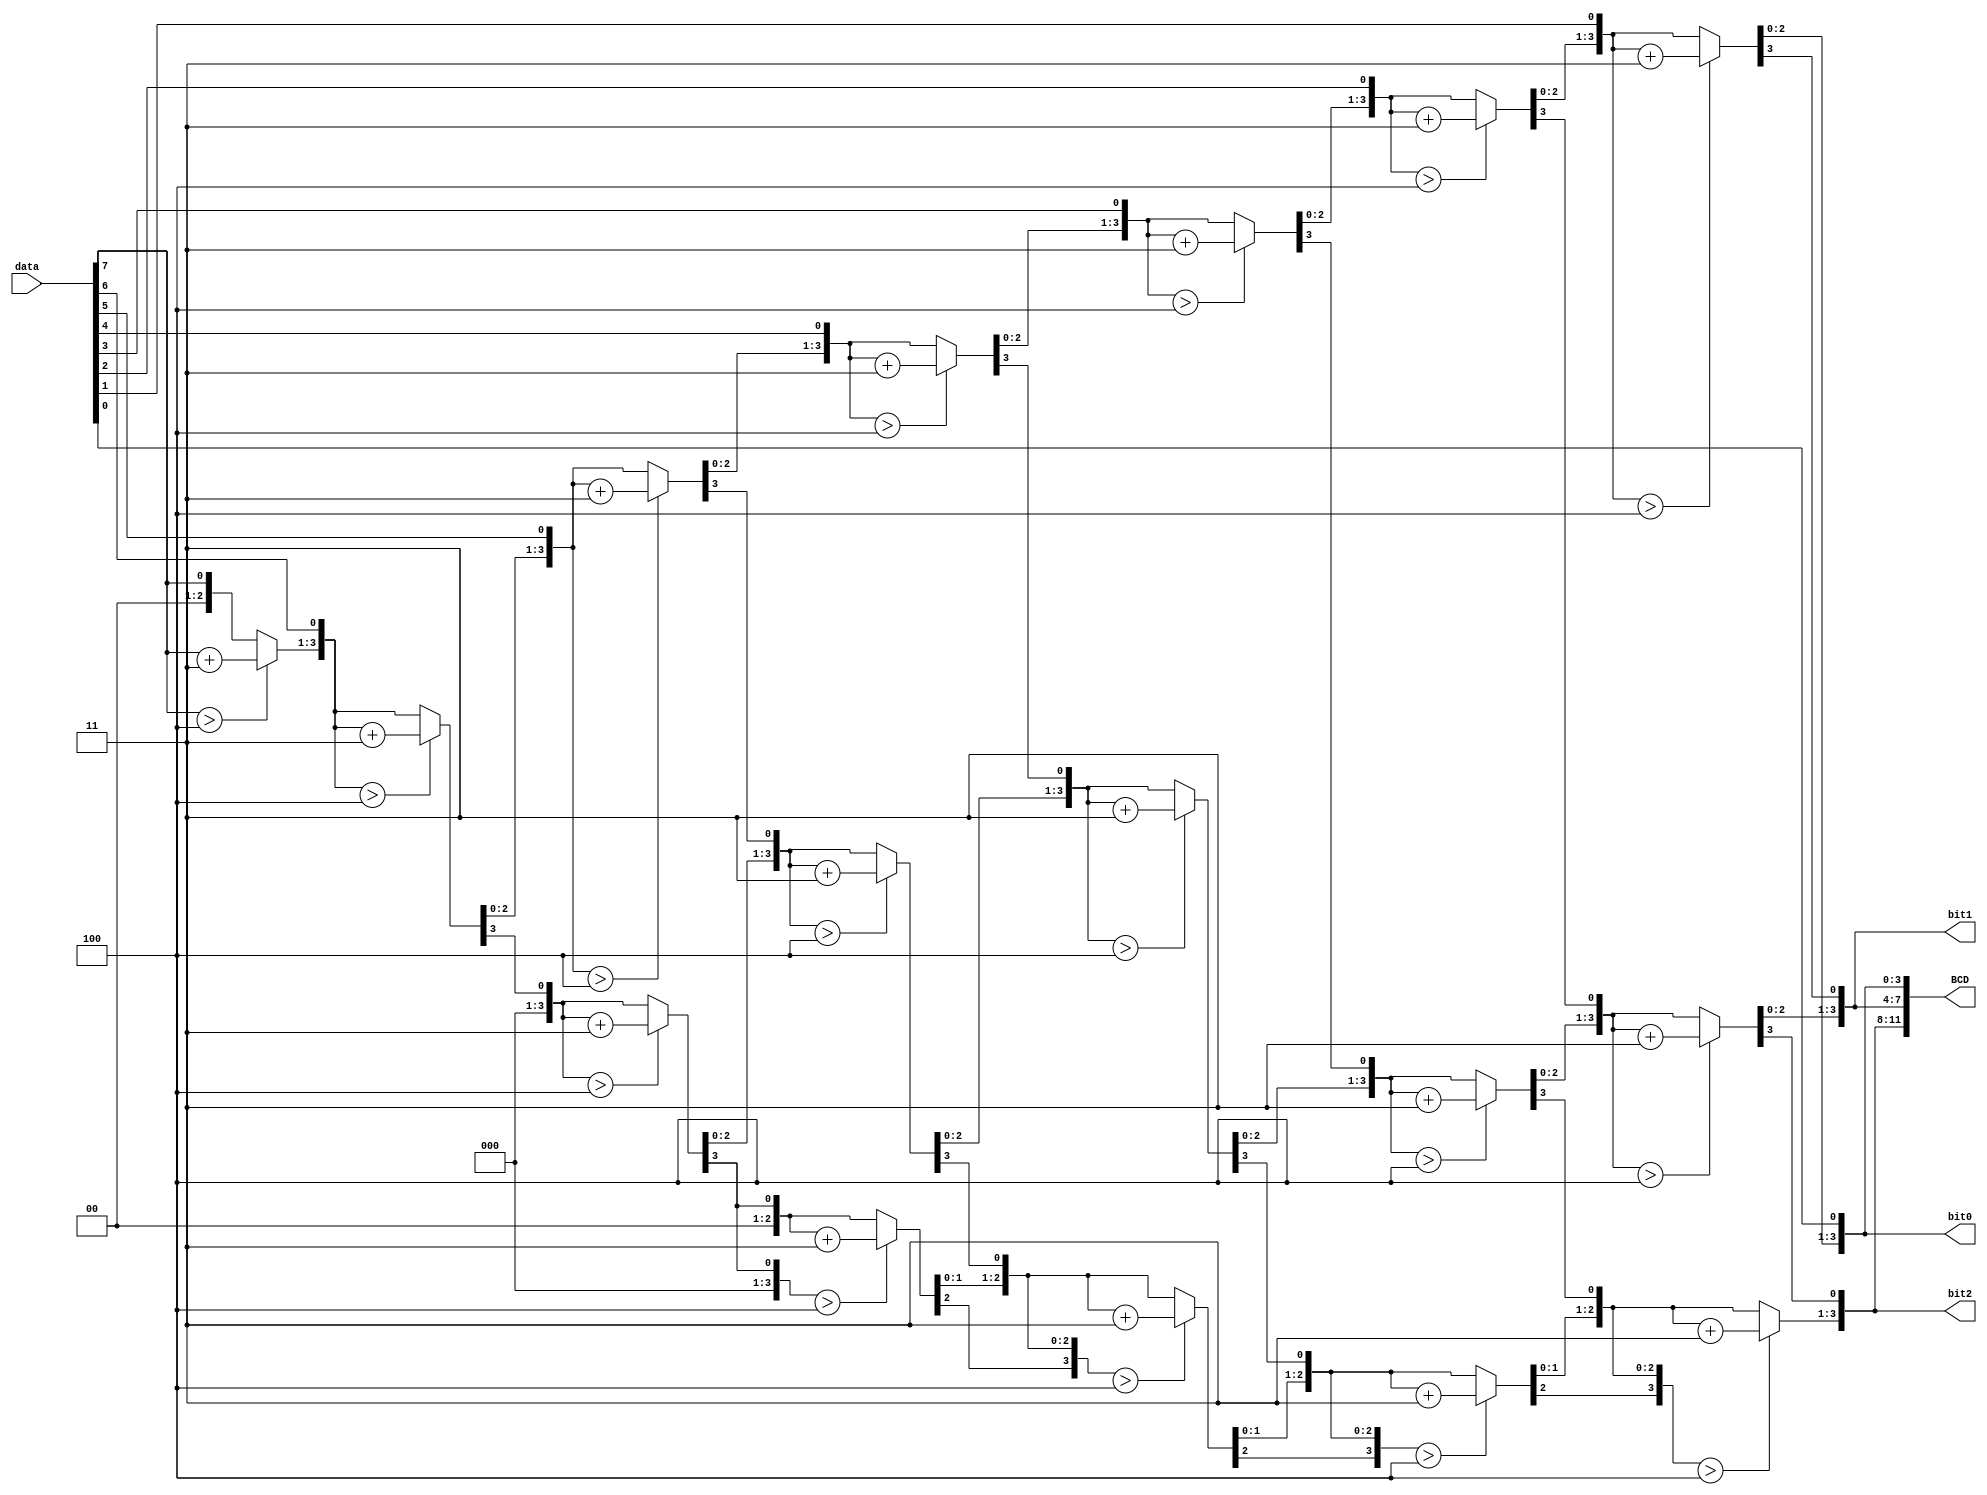
`timescale 1ns / 1ps
//////////////////////////////////////////////////////////////////////////////////
// Company: 
// Engineer: 
// 
// Design Name: 
// Module Name: BinarytoBCD
// Project Name: 
// Target Devices: 
// Tool Versions: 
// Description: 
// 
// Dependencies: 
// 
// Revision:
// Revision 0.01 - File Created
// Additional Comments:
// 
//////////////////////////////////////////////////////////////////////////////////

module binary2bcd(
    input [7:0]data,
    output reg [3:0] bit0,bit1,bit2,
    output reg[11:0] BCD    
    );
    integer n;

    always@(data)
    begin
        bit0=0; bit1=0; bit2=0;
        for(n=0; n<8; n=n+1)
        begin
            if(bit0>4) bit0 = bit0+3;
            if(bit1>4) bit1 = bit1+3;
            if(bit2>4) bit2 = bit2+3;
            {bit2,bit1,bit0} = {bit2,bit1,bit0,data[7-n]};
        end
        BCD= {bit2, bit1, bit0};
    end
endmodule